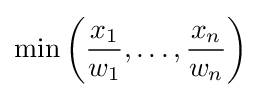
\min \left({\frac {x_{1}}{w_{1}}},\dots ,{\frac {x_{n}}{w_{n}}}\right)